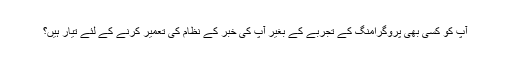
آپ کو کسی بھی پروگرامنگ کے تجربے کے بغیر آپ کی خبر کے نظام کی تعمیر کرنے کے لئے تیار ہیں؟